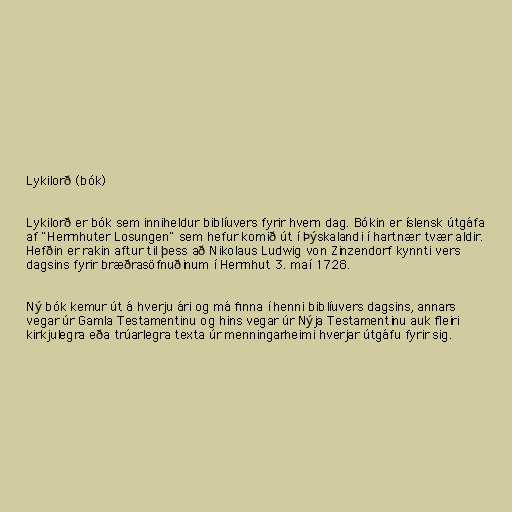
Lykilorð (bók)

Lykilorð er bók sem inniheldur biblíuvers fyrir hvern dag. Bókin er íslensk útgáfa
af "Herrnhuter Losungen" sem hefur komið út í Þýskalandi í hartnær tvær aldir.
Hefðin er rakin aftur til þess að Nikolaus Ludwig von Zinzendorf kynnti vers
dagsins fyrir bræðrasöfnuðinum í Herrnhut 3. maí 1728.

Ný bók kemur út á hverju ári og má finna í henni biblíuvers dagsins, annars
vegar úr Gamla Testamentinu og hins vegar úr Nýja Testamentinu auk fleiri
kirkjulegra eða trúarlegra texta úr menningarheimi hverjar útgáfu fyrir sig.